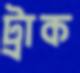
ট্রাক